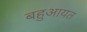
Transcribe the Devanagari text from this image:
बहुआयत